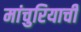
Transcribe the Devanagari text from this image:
मांचुरियाची